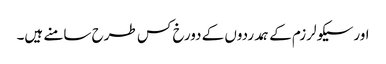
اورسیکولرزم کے ہمدردوں کے دورخ کس طرح سامنے ہیں۔